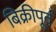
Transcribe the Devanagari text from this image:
बिक्रीपूर्व